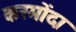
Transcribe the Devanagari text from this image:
करमोंदा